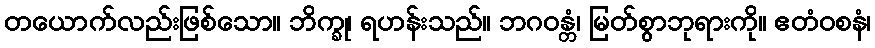
တယောက်လည်းဖြစ်သော။ ဘိက္ခု၊ ရဟန်းသည်။ ဘဂဝန္တံ၊ မြတ်စွာဘုရားကို။ ဧတံဝစနံ၊